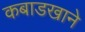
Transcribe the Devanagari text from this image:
कबाडखाने